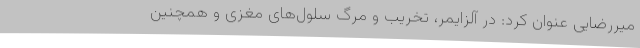
میررضایی عنوان کرد: در آلزایمر، تخریب و مرگ سلول‌های مغزی و همچنین